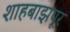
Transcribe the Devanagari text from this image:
शाहबाझपूर